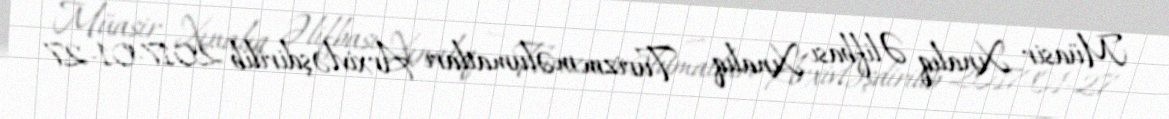
Müasir Xınalıq Əlifbası Xınalıq — Turizm məlumatları Arxivləşdirilib 2017-01-27